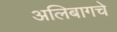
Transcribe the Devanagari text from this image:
अलिबागचे